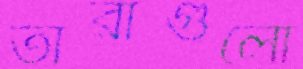
তারাগুলো